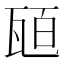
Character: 瓸